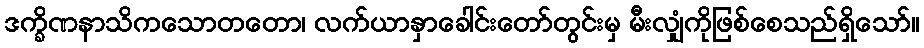
ဒက္ခိဏနာသိကသောတတော၊ လက်ယာနှာခေါင်းတော်တွင်းမှ မီးလျှံကိုဖြစ်စေသည်ရှိသော်။